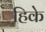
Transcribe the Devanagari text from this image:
हिके